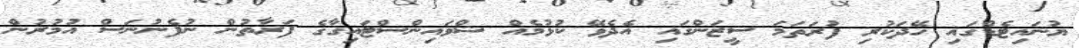
ޔުނައިޓެޑްގައި ހޭދަކުރި ފުރަތަމަ ސީޒަންގައި އެދެވޭ ކުޅުމެއް ޝްވައިންސްޓައިގާގެ ފަރާތުން ނުފެނުނަސް އުމުރުން